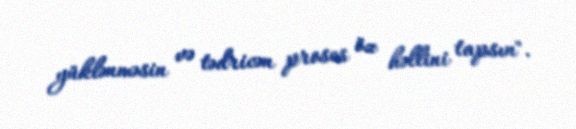
yüklənməsin və tədricən proses öz həllini tapsın".